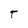
Character: t